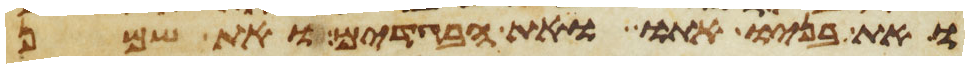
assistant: ואת בניו אתו ואת הבגדים ואת שמן